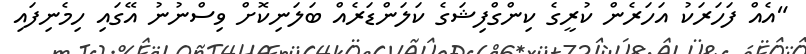
"އެއް ފަހަރަކު އަހަރެން ކުރީގެ ކިންގްފިޝަގެ ކަލަންޑަރެއް ބަލަނިކޮށް ވިސްނުނު އޭގައި ހިމެނިފައި